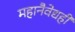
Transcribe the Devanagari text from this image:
महानैवेद्यही